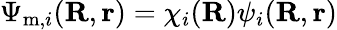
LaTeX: \Psi_{\mathrm{m},i}(\textbf{R},\textbf{r})=\chi_{i}(\textbf{R})\psi_{i}(\textbf{R},\textbf{r})